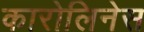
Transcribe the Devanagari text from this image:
कारोलिनेस